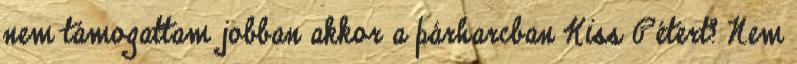
nem támogattam jobban akkor a párharcban Kiss Pétert? Nem